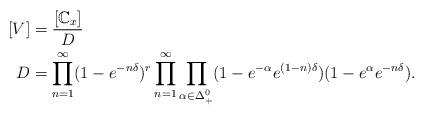
LaTeX: \begin{align*}[V] &= \frac{[\mathbb C_x]}{D} \\D &= \prod_{n=1}^\infty (1- e^{-n\delta})^{r} \prod_{n=1}^\infty \prod_{\alpha \in \Delta_+^0} (1-e^{-\alpha} e^{(1-n)\delta}) (1- e^{\alpha} e^{-n\delta}). \end{align*}